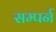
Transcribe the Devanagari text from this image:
सम्पर्न